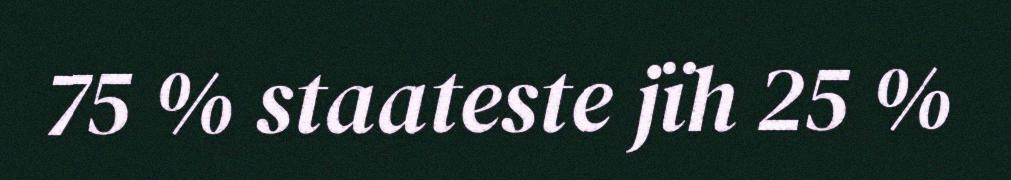
75 % staateste jïh 25 %